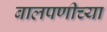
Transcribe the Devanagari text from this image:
बालपणीच्या